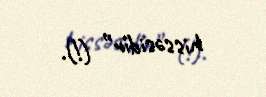
hissəsidir” (!).